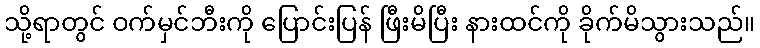
သို့ရာတွင် ဝက်မှင်ဘီးကို ပြောင်းပြန် ဖြီးမိပြီး နားထင်ကို ခိုက်မိသွားသည်။